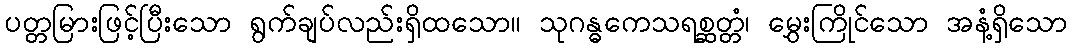
ပတ္တမြားဖြင့်ပြီးသော ရွက်ချပ်လည်းရှိထသော။ သုဂန္ဓကေသရစ္ဆတ္တံ၊ မွှေးကြိုင်သော အနံ့ရှိသော